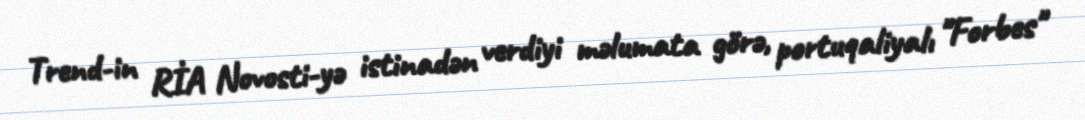
Trend-in RİA Novosti-yə istinadən verdiyi məlumata görə, portuqaliyalı "Forbes"